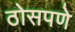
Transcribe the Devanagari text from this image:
ठोसपणे